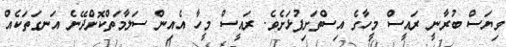
ވިޔަސް ބުރާނީ ރައީސް މީހާގެ އިސްތަށިފުޅަށެވެ. ރައީސް މީހާ އެއިން ސަލާމަތްކޮށްދޭނެ އަނގަތަކެއް